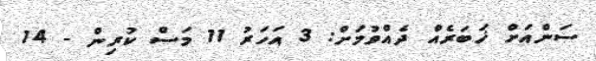
ސަންއަށް ޚަބަރެއް ދެއްވުމަށް: 3 އަހަރު 11 މަސް ކުރިން - 14